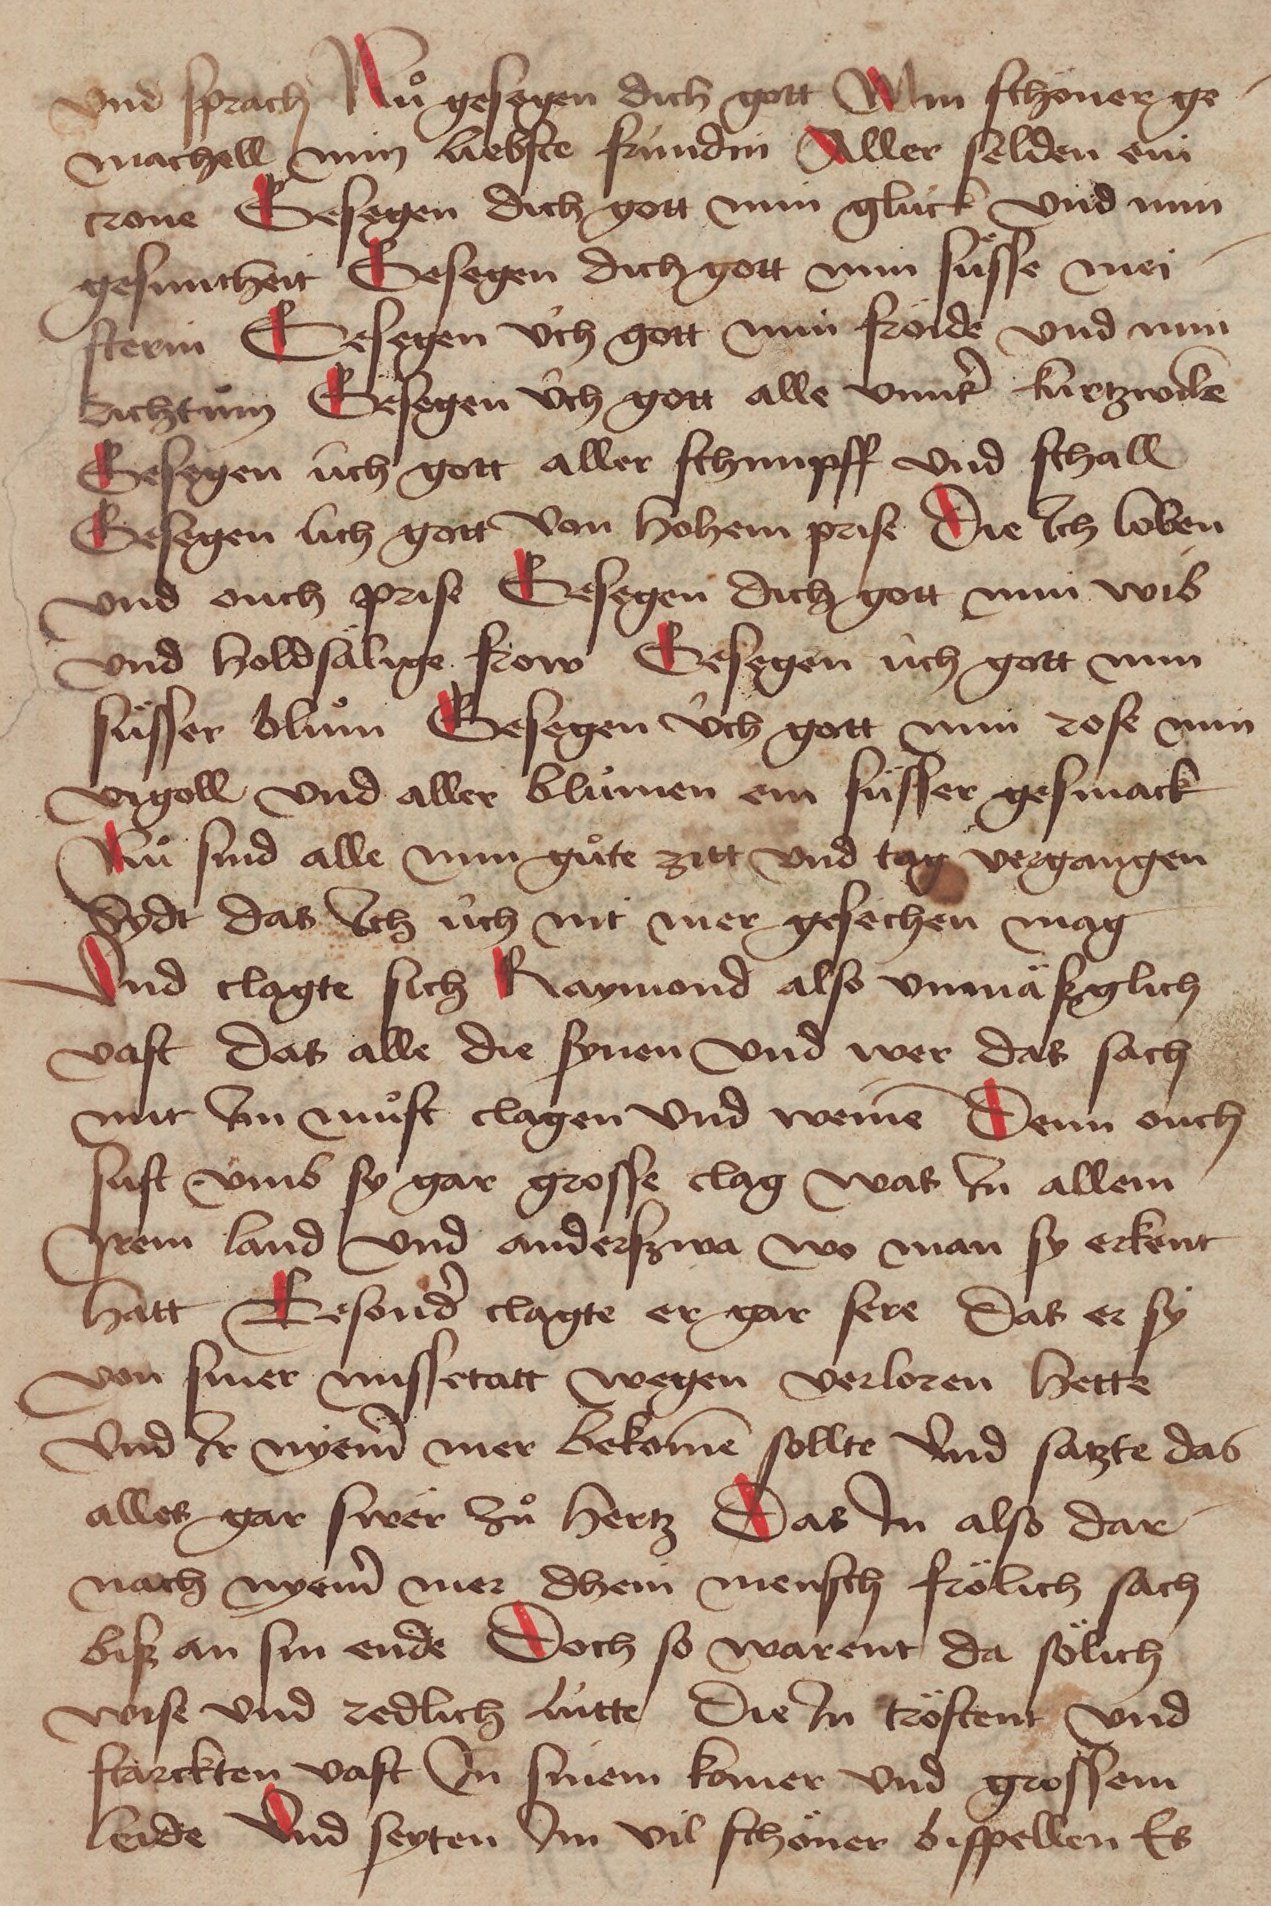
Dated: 1471–1471